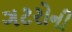
ગટરોની